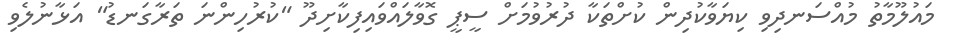
މައުލޫމާތު މުއްސަނދިވި ކިޔަވާކުދިން ކުށްތަކާ ދުރުވުމަށް ސީޕީ ގޮވާލައްވައިފިކާށިދޫ "ކުރުހިންނަ ތަރާގަނޑު" އަޅާނުލެވި